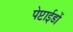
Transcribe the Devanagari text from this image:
पेप्टाईडों